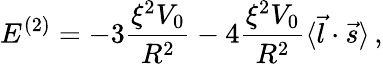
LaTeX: E^{(2)}=-3\frac{\xi^{2}V_{0}}{R^{2}}-4\frac{\xi^{2}V_{0}}{R^{2}}\langle\vec{l}\cdot\vec{s}\rangle\, ,